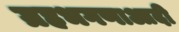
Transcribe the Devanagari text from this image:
ग्रहभगणाआदी